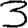
Digit: 3